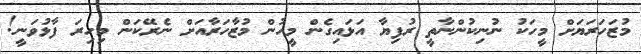
މުޒަހަރަޔަށް މީހަކު ނުނިކުންނާތީ ރުފިޔާ އަޅައިގެން މީހުން މުޒާހަރާއަށް ނެރޭކަން މިހިރަ ފާޅުވަނީ!